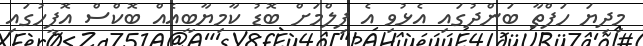
މިދިޔަ ހަފްތާ ބަންދުގައި އެޅުވި އެ ފިލްމަށް ބޮޑު ކާމިޔާބީއެއް ބޮކްސް އޮފީހުގައި